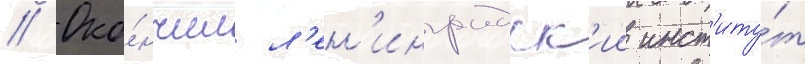
// Око́нчил л'ен'инградск'ии инст'иту́т